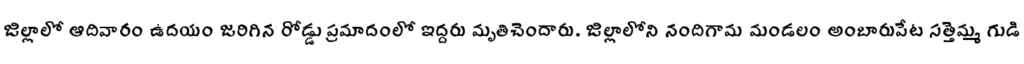
జిల్లాలో ఆదివారం ఉదయం జరిగిన రోడ్డు ప్రమాదంలో ఇద్దరు మృతిచెందారు. జిల్లాలోని నందిగామ మండలం అంబారుపేట సత్తెమ్మ గుడి